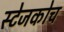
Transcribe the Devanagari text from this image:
स्‍टेजकोच